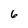
Character: 6